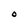
Character: O